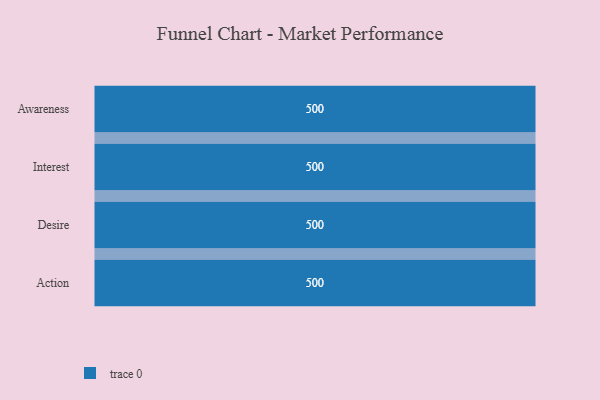
{"axis": {"x": "Stage", "y": "Value"}, "legend": [""], "data": [{"x": "Awareness", "y": 500, "type": ""}, {"x": "Interest", "y": 500, "type": ""}, {"x": "Desire", "y": 500, "type": ""}, {"x": "Action", "y": 500, "type": ""}]}